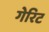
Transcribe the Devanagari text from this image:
गेरिट